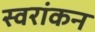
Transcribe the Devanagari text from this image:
स्वरांकन